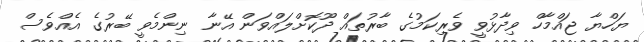
ޔަހްޔާ ޖައްމާހް ވިދާޅުވީ ވެރިކަމުގެ ބާރުތައް ދޫކޮށްލައްވަން އޭނާ ނިންމެވީ ބޭރުގެ އެއްވެސް